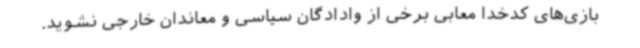
بازی‌های کدخدا معابی برخی از وادادگان سیاسی و معاندان خارجی نشوید.